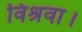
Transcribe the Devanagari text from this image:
विश्रवा।